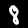
Label: 8